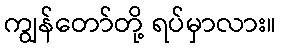
ကျွန်တော်တို့ ရပ်မှာလား။